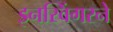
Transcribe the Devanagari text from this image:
इनस्विंगरने